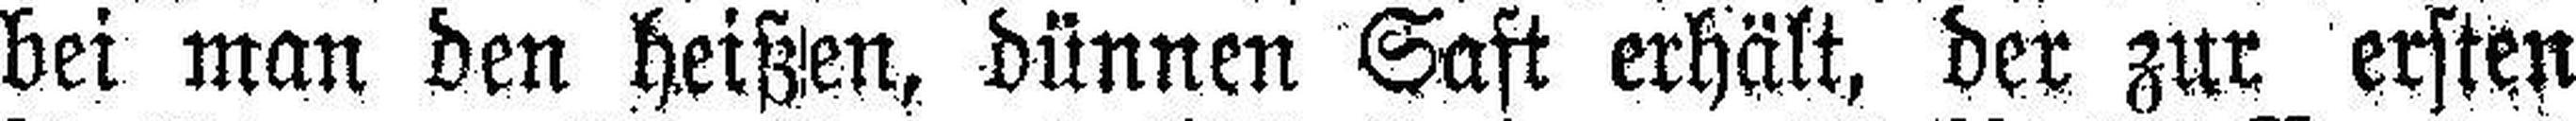
bei man den heißen, dünnen Saft erhält, der zur ersten